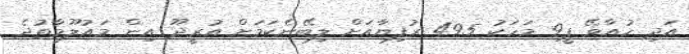
އަދި ހުއާވޭ ޕީ9 މަހަކު 495 ރުފިޔާއަށް ލިބޭނެކަމަށް އުރީދޫ އިން މައުލޫމާތުދެ